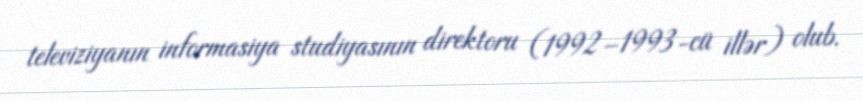
televiziyanın informasiya studiyasının direktoru (1992–1993-cü illər) olub.